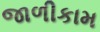
જાળીકામ